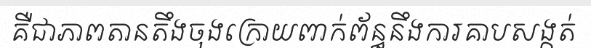
គឺជាភាពតានតឹងចុងក្រោយពាក់ព័ន្ធនឹងការគាបសង្កត់